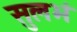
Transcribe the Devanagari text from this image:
सुलभं